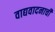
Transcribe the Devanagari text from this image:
वाद्यवादनाची